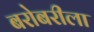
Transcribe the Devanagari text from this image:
बरोबरीला